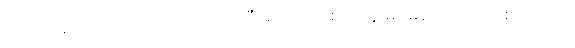
အားနဲနေတဲ့အထဲက ဘယ်လိုလုပ်ပြီး ရထားတဲ့စာတွေ မမေ့အောင် ကြိုးစားသလဲ။